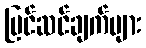
ပြင်ဆင်ချက်များ